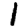
Digit: 1